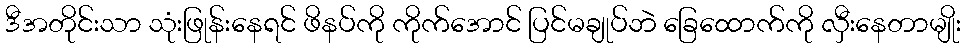
ဒီအတိုင်းသာ သုံးဖြုန်းနေရင် ဖိနပ်ကို ကိုက်အောင် ပြင်မချုပ်ဘဲ ခြေထောက်ကို လှီးနေတာမျိုး